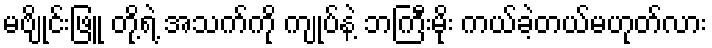
မဗျိုင်းဖြူ တို့ရဲ့ အသက်ကို ကျုပ်နဲ့ ဘကြီးမိုး ကယ်ခဲ့တယ်မဟုတ်လား